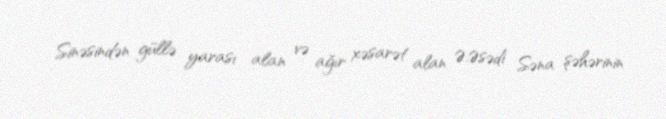
Sinəsindən güllə yarası alan və ağır xəsarət alan Ə.Əsədi Səna şəhərinin